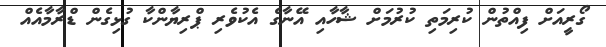
ގޯރީއަށް ފިއްތުން ކުރިމަތި ކުރުމަށް ޝާހާއި އޭނާގެ އެކުވެރި ޕްރިޔާންކާ ގުޅިގެން ޑްރާމާއެއް